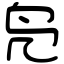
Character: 凫